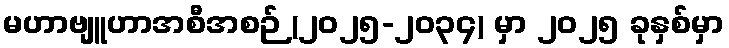
မဟာဗျူဟာအစီအစဉ် (၂၀၂၅-၂၀၃၄) မှာ ၂၀၂၅ ခုနှစ်မှာ